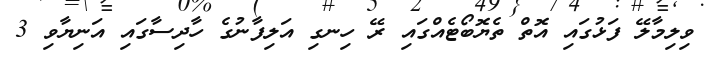
ވިލިމާލޭ ފަޅުގައި އޮތް ތެޔޮބޯޓެއްގައި ރޭ ހިނގި އަލިފާނުގެ ހާދިސާގައި އަނިޔާވި 3